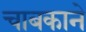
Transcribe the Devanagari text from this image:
चाबकाने